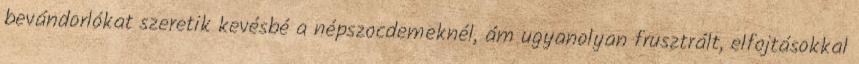
bevándorlókat szeretik kevésbé a népszocdemeknél, ám ugyanolyan frusztrált, elfojtásokkal